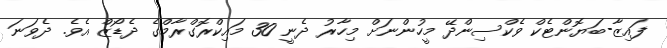
ފައިޒާ-ބަޔޮންޓެކް ވެކްސިންދޭ މީހުންނަށް މިހާރު ދެނީ 30 މައިކްރޮގްރާމްގެ ދެޑޯޒް އެވެ. ދެވަނަ